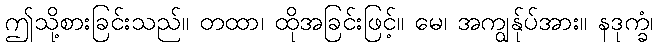
ဤသို့စားခြင်းသည်။ တထာ၊ ထိုအခြင်းဖြင့်။ မေ၊ အကျွန်ုပ်အား။ နဒုက္ခံ၊